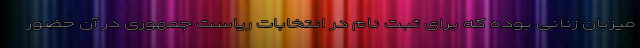
میزبان زنانی بوده که برای ثبت نام در انتخابات ریاست جمهوری در آن حضور